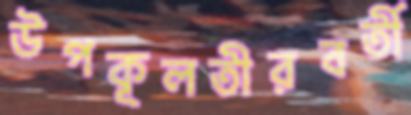
উপকূলতীরবর্তী